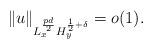
LaTeX: \begin{align*} \|u\|_{L_x^{\frac{pd}{2}}H_{y}^{\frac{1}{2}+\delta}}=o(1).\end{align*}